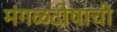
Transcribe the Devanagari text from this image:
मंगळदोषाची